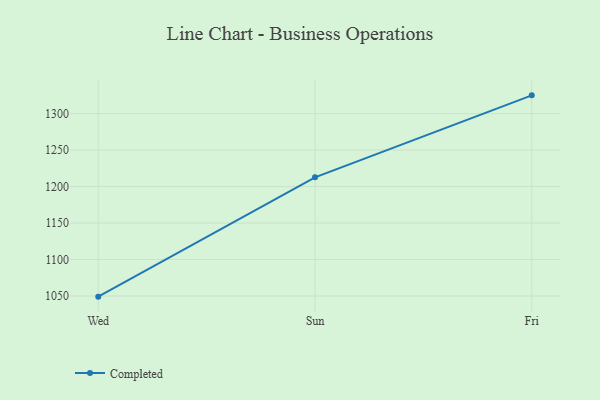
{"axis": {"x": "Day", "y": "Market Share (%)"}, "legend": ["Completed"], "data": [{"x": "Wed", "y": 1049.1, "type": "Completed"}, {"x": "Sun", "y": 1212.7, "type": "Completed"}, {"x": "Fri", "y": 1325.0, "type": "Completed"}]}